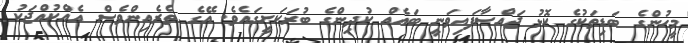
މީހުންގެ ބަޑިތަކުގެ ކޮޅު ޖައްސާފައިވަނީ ބައެއް ކުދިންގެ ބުރަކަށީގައެވެ. އޭގެ ތެރެއިންވެސް އެއްކުއްޖަކު